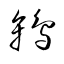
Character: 鴾